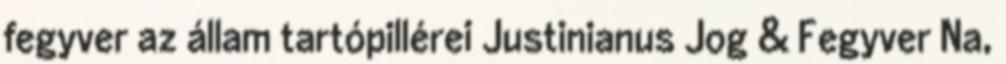
fegyver az állam tartópillérei Justinianus Jog & Fegyver Na,